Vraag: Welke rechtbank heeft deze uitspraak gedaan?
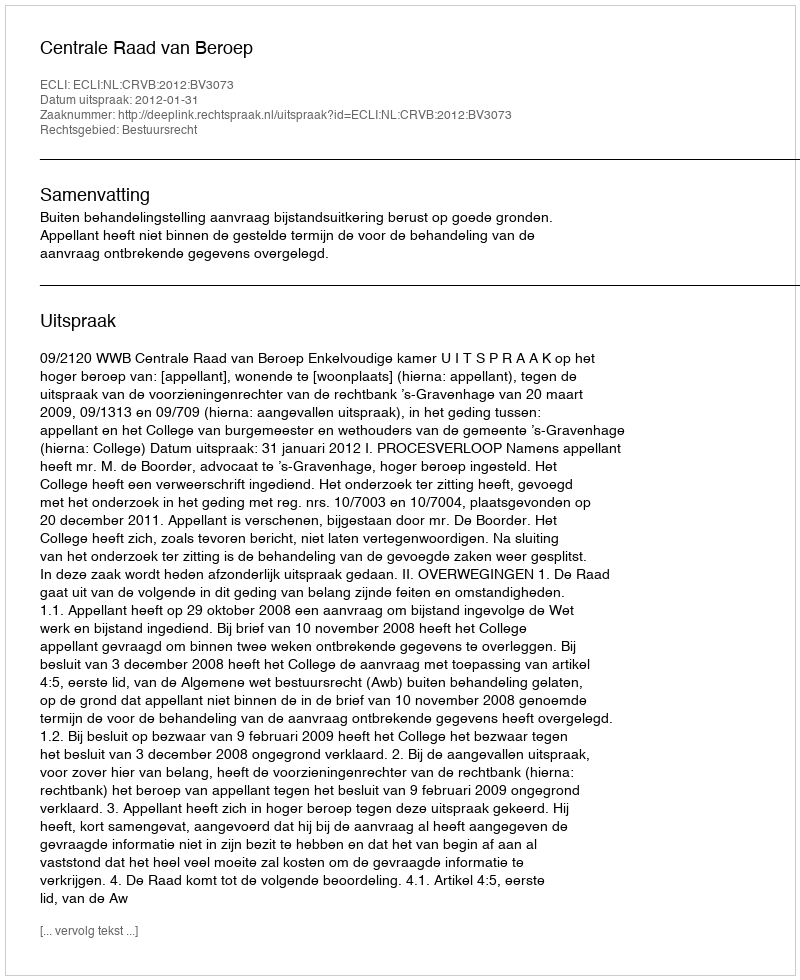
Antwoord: Centrale Raad van Beroep